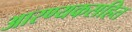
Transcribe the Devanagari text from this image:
आरण्यकसहित